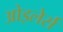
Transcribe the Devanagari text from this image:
ओइलेर्स